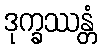
ဒုက္ခဿန္တံ